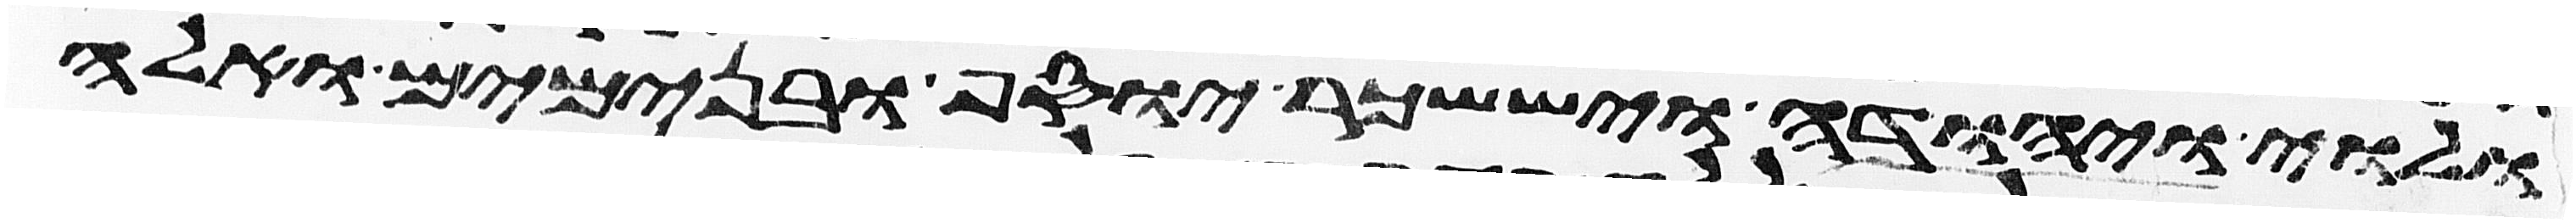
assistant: ולוי יהודה ויששכר יוסף ובנימים ואלה